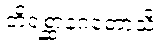
တိရစ္ဆာနဂတောသိ